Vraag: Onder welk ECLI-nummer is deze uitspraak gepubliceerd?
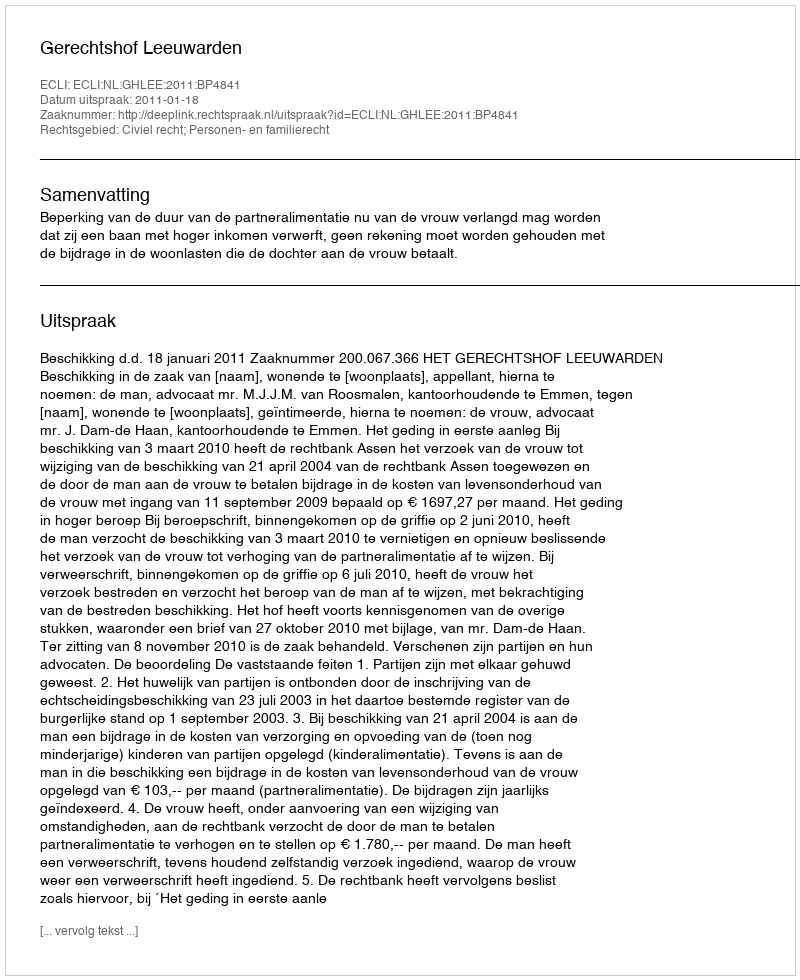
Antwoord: ECLI:NL:GHLEE:2011:BP4841